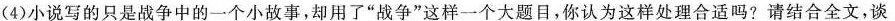
(4)小说写的只是战争中的一个小故事，却用了”战争”这样一个大题目，你认为这样处理合适吗?请结合全文，谈